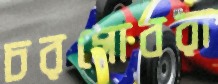
চরগোবরা